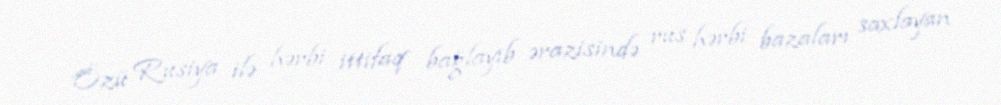
Özü Rusiya ilə hərbi ittifaq bağlayıb ərazisində rus hərbi bazaları saxlayan